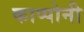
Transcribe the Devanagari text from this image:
काप्पोनी